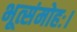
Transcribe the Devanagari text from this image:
भूत्संमोहः।